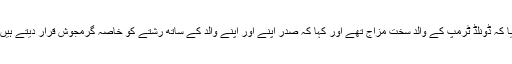
تاہم وائٹ ہاؤس نے اس دعوے کو مسترد کردیا کہ ڈونلڈ ٹرمپ کے والد سخت مزاج تھے اور کہا کہ صدر اپنے اور اپنے والد کے ساتھ رشتے کو خاصہ گرمجوش قرار دیتے ہیں اور ان کے والد ان کے ساتھ بہت اچھے تھے۔